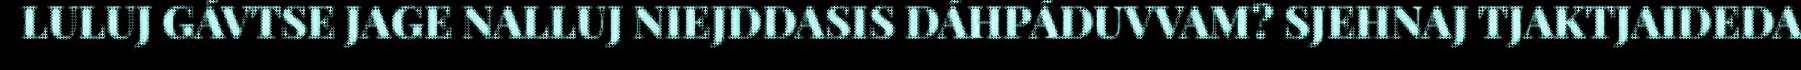
LULUJ GÁVTSE JAGE NALLUJ NIEJDDASIS DÁHPÁDUVVAM? SJEHNAJ TJAKTJAIDEDA